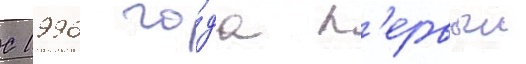
С 1996 го́да п'ервыи